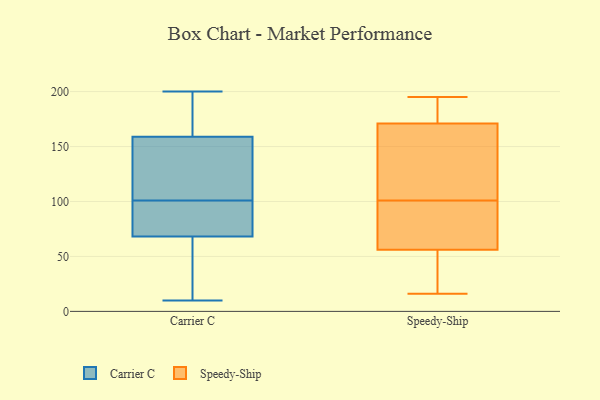
{"axis": {"x": "Website Visitors", "y": "Value"}, "legend": ["Carrier C", "Speedy-Ship"], "data": [{"x": "", "y": 165, "type": "Carrier C"}, {"x": "", "y": 101, "type": "Carrier C"}, {"x": "", "y": 145, "type": "Carrier C"}, {"x": "", "y": 157, "type": "Carrier C"}, {"x": "", "y": 57, "type": "Carrier C"}, {"x": "", "y": 87, "type": "Carrier C"}, {"x": "", "y": 60, "type": "Carrier C"}, {"x": "", "y": 179, "type": "Carrier C"}, {"x": "", "y": 124, "type": "Carrier C"}, {"x": "", "y": 139, "type": "Carrier C"}, {"x": "", "y": 200, "type": "Carrier C"}, {"x": "", "y": 13, "type": "Carrier C"}, {"x": "", "y": 10, "type": "Carrier C"}, {"x": "", "y": 80, "type": "Carrier C"}, {"x": "", "y": 71, "type": "Carrier C"}, {"x": "", "y": 96, "type": "Carrier C"}, {"x": "", "y": 189, "type": "Carrier C"}, {"x": "", "y": 171, "type": "Speedy-Ship"}, {"x": "", "y": 79, "type": "Speedy-Ship"}, {"x": "", "y": 16, "type": "Speedy-Ship"}, {"x": "", "y": 50, "type": "Speedy-Ship"}, {"x": "", "y": 195, "type": "Speedy-Ship"}, {"x": "", "y": 56, "type": "Speedy-Ship"}, {"x": "", "y": 155, "type": "Speedy-Ship"}, {"x": "", "y": 158, "type": "Speedy-Ship"}, {"x": "", "y": 123, "type": "Speedy-Ship"}, {"x": "", "y": 60, "type": "Speedy-Ship"}, {"x": "", "y": 171, "type": "Speedy-Ship"}, {"x": "", "y": 27, "type": "Speedy-Ship"}, {"x": "", "y": 70, "type": "Speedy-Ship"}, {"x": "", "y": 186, "type": "Speedy-Ship"}]}